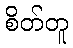
စိတ်တူ